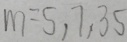
m = 5 , 7 , 3 5